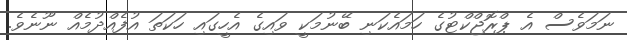
ނަމަވެސް އެ ޕްރޮޖްކްޓުގެ ހަމައެކަނި ބޭނުމަކީ ވައިގެ އެހީގައި ހަކަތަ އުފެއްދުމެއް ނޫނެވެ.